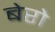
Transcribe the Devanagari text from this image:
बेरो